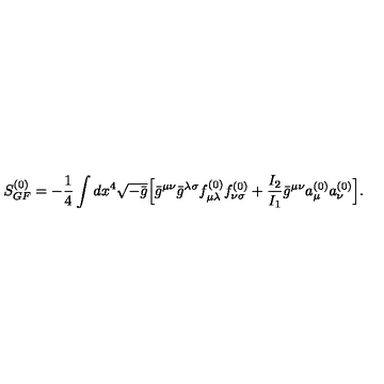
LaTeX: S _ { G F } ^ { ( 0 ) } = - \frac { 1 } { 4 } \int d x ^ { 4 } \sqrt { - \bar { g } } \Bigl [ \bar { g } ^ { \mu \nu } \bar { g } ^ { \lambda \sigma } f _ { \mu \lambda } ^ { ( 0 ) } f _ { \nu \sigma } ^ { ( 0 ) } + \frac { I _ { 2 } } { I _ { 1 } } \bar { g } ^ { \mu \nu } a _ { \mu } ^ { ( 0 ) } a _ { \nu } ^ { ( 0 ) } \Bigr ] .